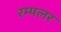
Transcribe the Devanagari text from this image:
रम्पलर